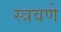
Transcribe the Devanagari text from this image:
स्त्रवणे